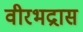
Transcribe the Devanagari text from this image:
वीरभद्रास